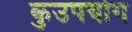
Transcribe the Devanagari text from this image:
कुउपयोग